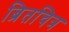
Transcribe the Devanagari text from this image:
ब्रितचित्र